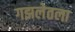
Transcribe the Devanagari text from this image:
गझलेतला